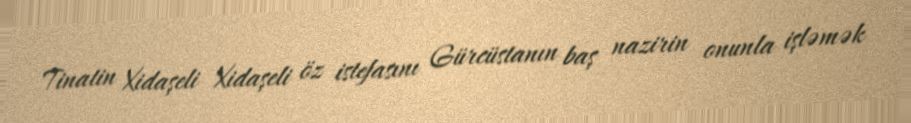
Tinatin Xidaşeli Xidaşeli öz istefasını Gürcüstanın baş nazirin onunla işləmək